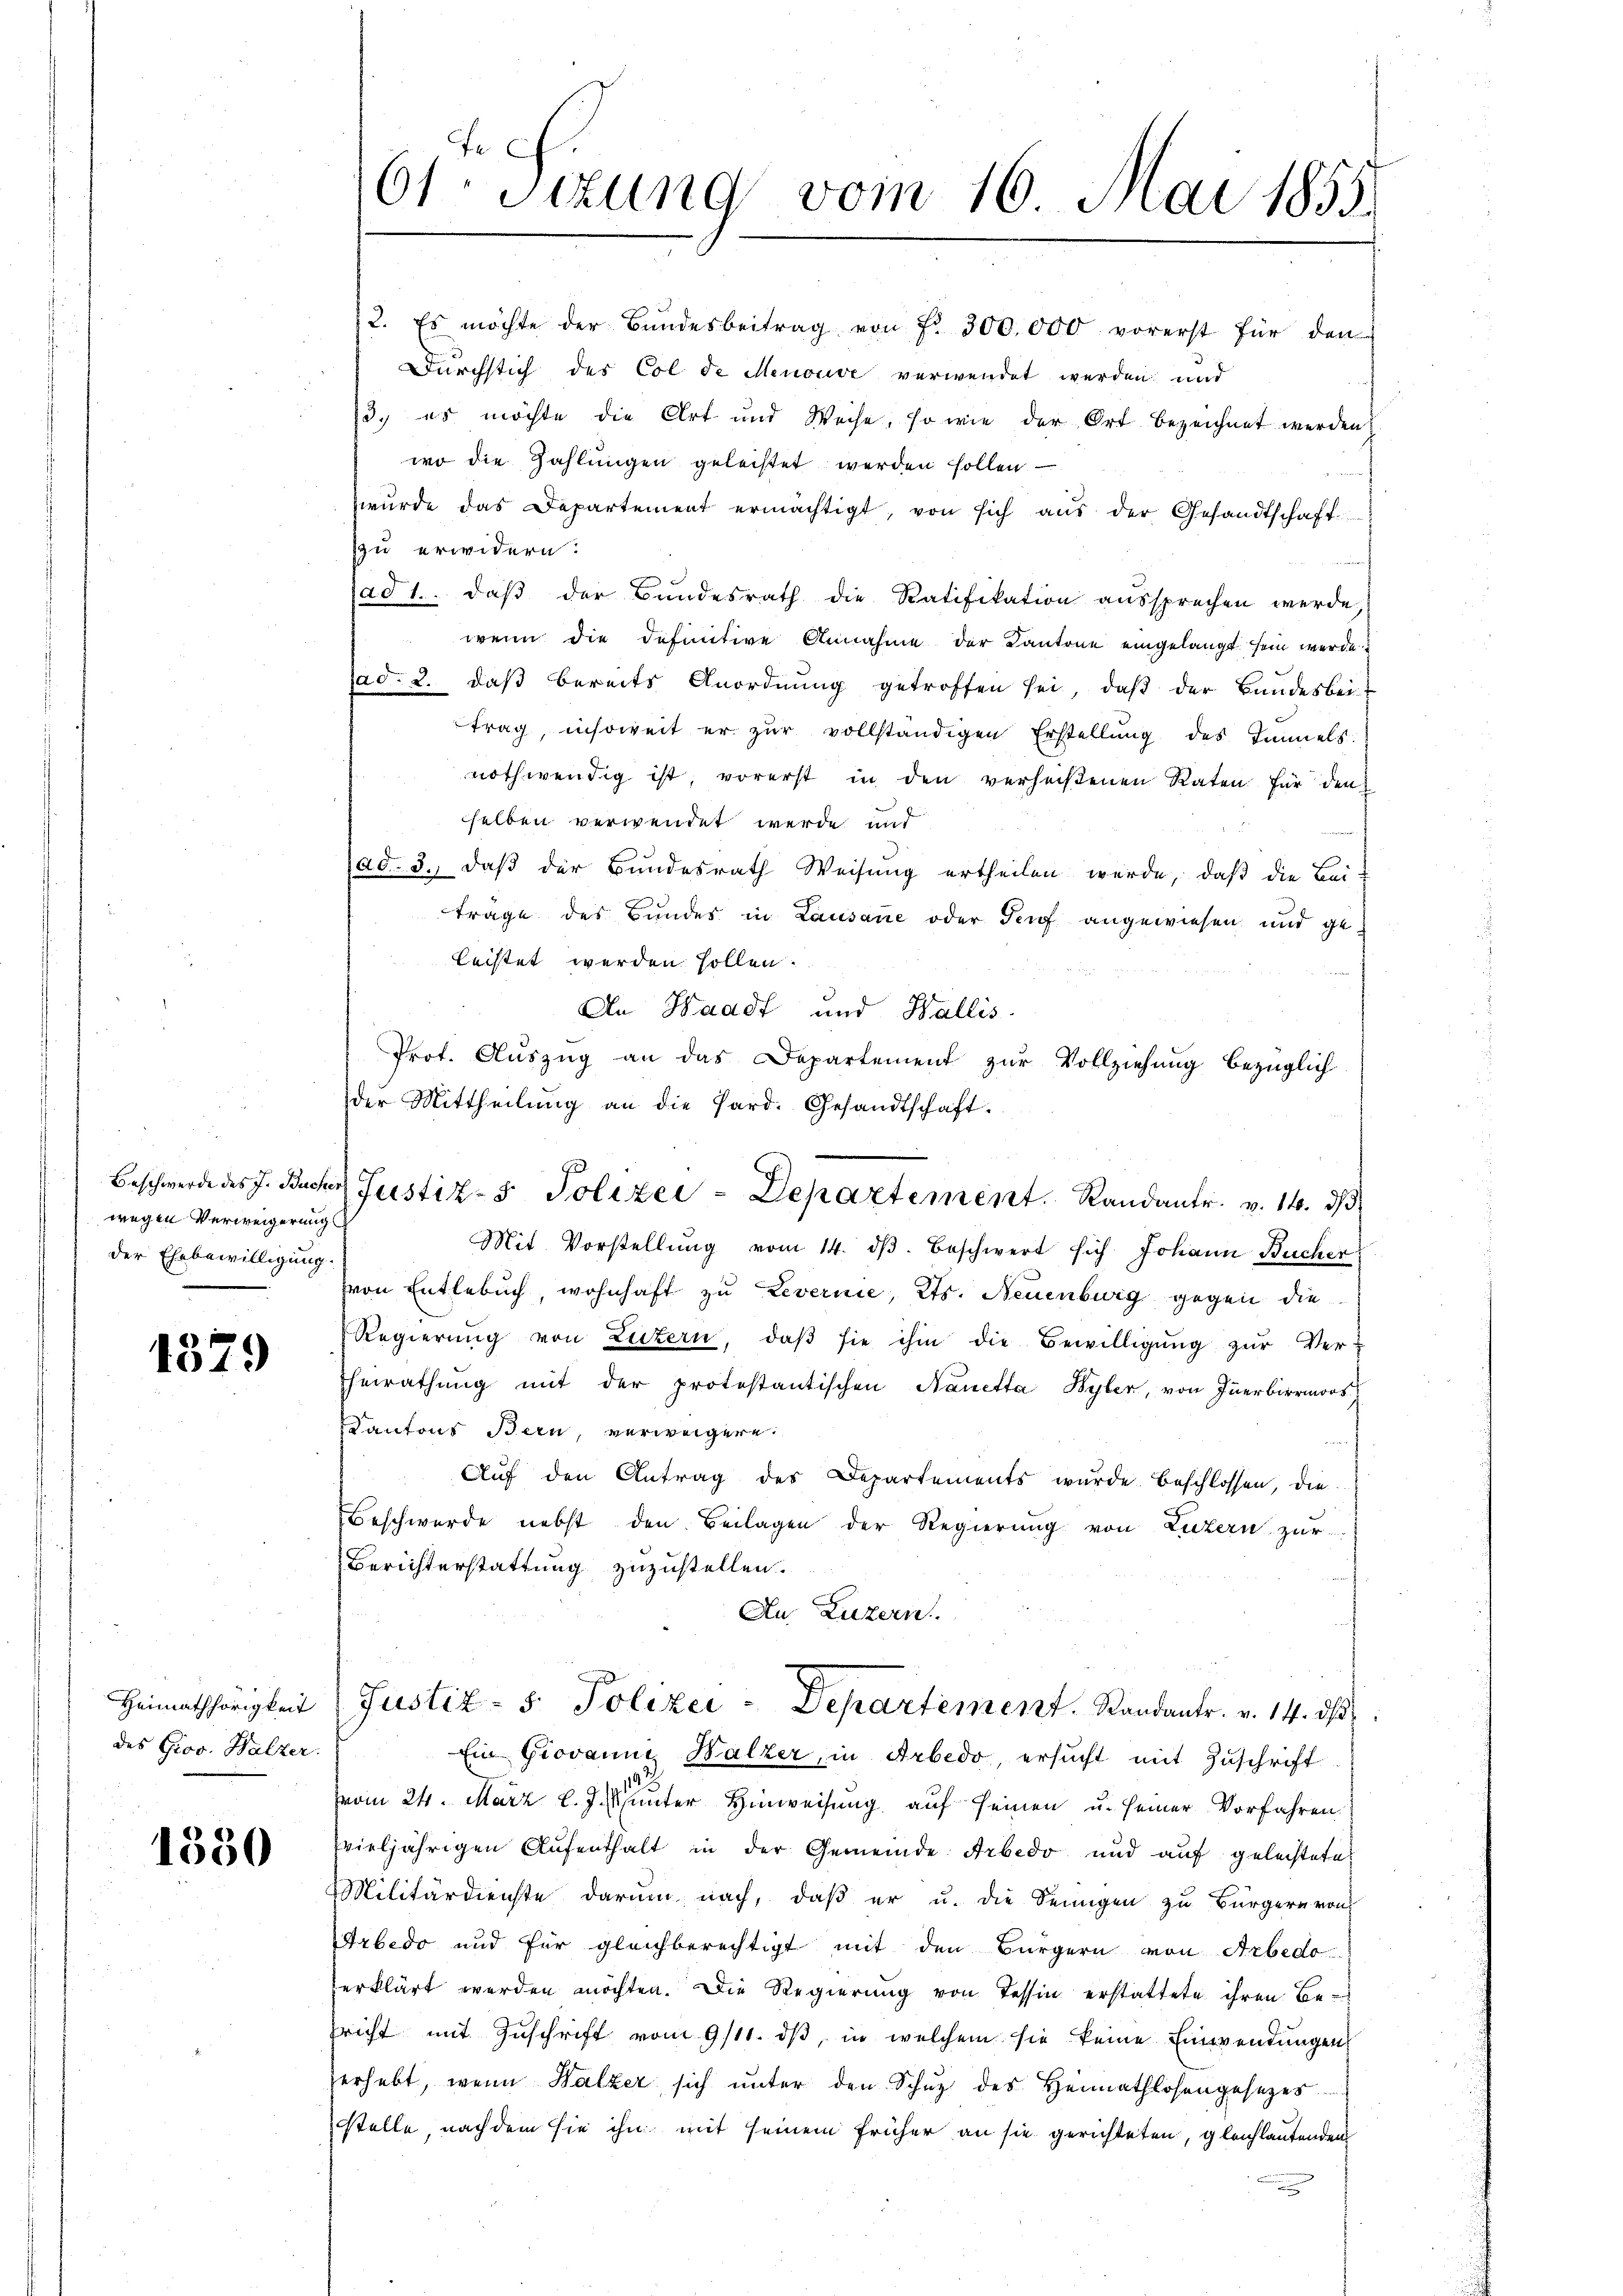
wegen Verweigerung
der Ehebewilligung.

1379

Heimathörigkeit
des Giov. Walzer.

1550

2. Es möchte der Bundesbeitrag von Fr. 300.000 vorerst für den
Durchstich des Col de Menouve verwendet werden und
3., es möchte die Art und Weise, so wie der Ort bezeichnet werden
wo die Zahlungen geleistet werden sollen. —
wŭrde das Departement ermächtigt, von sich aŭs der Gesandtschaft
zzu erwidern:
(ad 1. daβ der Bundesrath die Ratifikation aŭssprechen werde,
wenn die definitive Annahme der Kantone eingelangt sein werde.
ad. 2. daβ bereits Anordnŭng getroffen sei, daβ der Bundesbei-
trag, insoweit er zŭr vollständigen Erstellung des Immels.
nothwendig ist, vorerst in den verheißenen Raten für den
selben verwendet werde und
dd. 3., daß der Bundesrath Weisung ertheilen werde, daß die Beiträge des Bundes in Lausane oder Torf angewiesen und geleistet werden sollen.
An Waadt und Wallis
Mit Vorstellŭng vom 14. dβ beschwert sich Johann Bücher
(von Entlebuch, wohnhaft zu Levernie, Kts. Neuenburg gegen die
Regierŭng von Luzern, daβ sie ihm die Bewilligŭng zŭr Ver-
Eheirathung mit der protestantischen Nanetta Byler, von Innerbirrmoos
Kantons Bern, verweigere
Auf den Antrag des Departements wurde beschlossen, die
Beschwerde nebst den Beilagen der Regierung von Luzern zur
Berichterstattung zuzustellen.
Au Luzern
Justiz- 5. Polizei-Departement. Standantr. v. 14. ds
Ein Giovanni, Balzer, in Arbedo, ersucht mit Zuschrift
vom 24. März l. J. unter Hinweisung auf seinen u. seiner Vorfahren
vieljährigen Aufenthalt in der Gemeinde Arbedo und aŭf geleistete
Militärdienste darum nach, daß er u. die Seinigen zu Bürgern von
Arbedo und für gleichberechtigt mit den Bürgern von Arbedo
erklärt werden möchten. Die Regierung von Tessin erstattete ihren Bepricht mit Zuschrift vom 9/11. dβ, in welchem sie keine Einwendungen
erhebt, wenn Walzer sich ŭnter den Schŭt des Heimathlosengesezes
stelle, nachdem sie ihn mit seinem früher an sie gerichteten, gleichlautenden

61: Sizung vom 16. Mai 1855.

Prot. Auszug an das Departement zur Vollziehung bezüglich
der Mittheilŭng an die Hard. Gesandtschaft.
Beschwerde des J. Bucher Justiz- & Polizei - Departement. Randantr. v. 14. ds